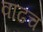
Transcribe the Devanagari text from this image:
वाढच